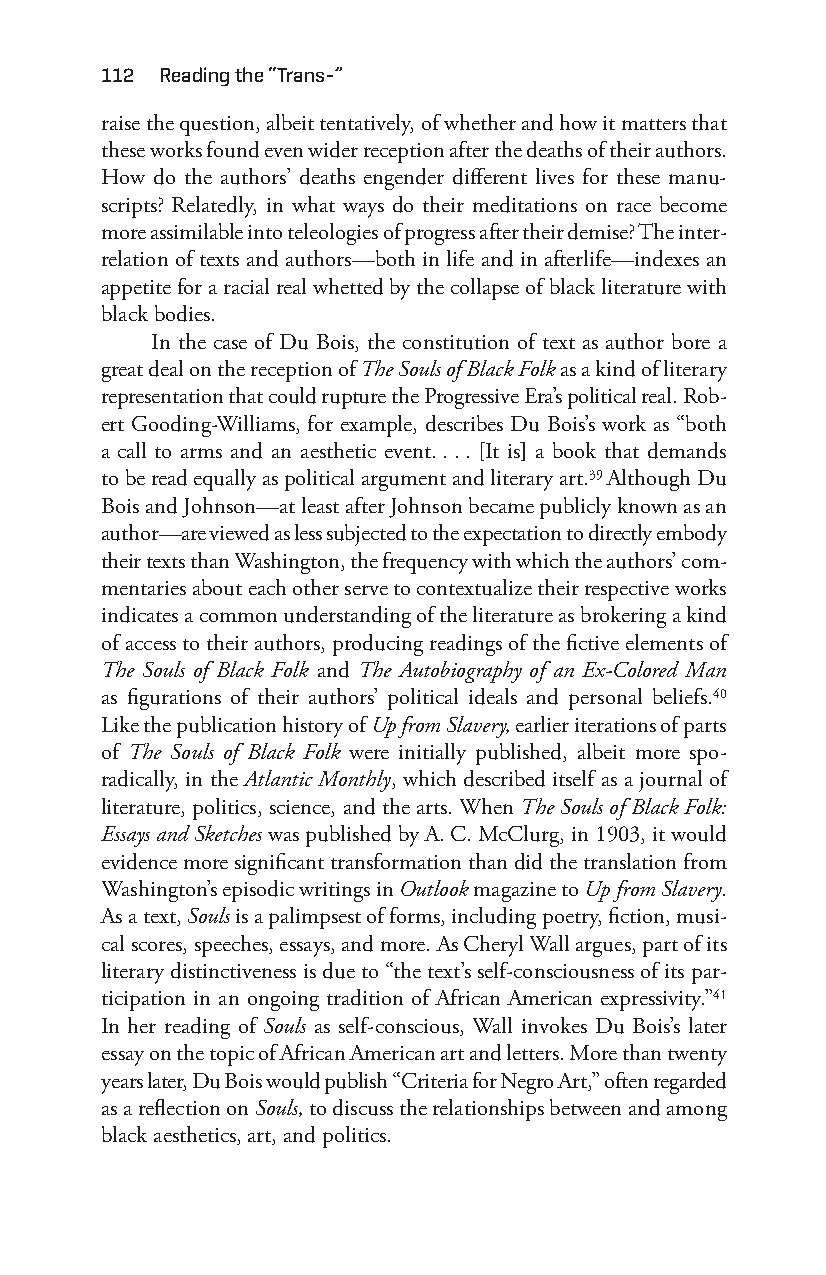
112 reading the “trans-”
 raise the question, albeit tentatively, of whether and how it matters that
 these works found even wider reception after the deaths of their authors.
 How do the authors’ deaths engender different lives for these manu-
 scripts? Relatedly, in what ways do their meditations on race become
 more assimilable into teleologies of progress after their demise? The inter-
 relation of texts and authors—b oth in life and in afterlife—i ndexes an
 appetite for a racial real whetted by the collapse of black literature with
 black bodies.
 In the case of Du Bois, the constitution of text as author bore a
 great deal on the reception of The Souls of Black Folk as a kind of literary
 representation that could rupture the Progressive Era’s political real. Rob-
 ert Gooding- Williams, for example, describes Du Bois’s work as “both
 a call to arms and an aesthetic event. . . . [It is] a book that demands
 to be read equally as political argument and literary art.39 Although Du
 Bois and Johnson— at least after Johnson became publicly known as an
 author— are viewed as less subjected to the expectation to directly embody
 their texts than Washington, the frequency with which the authors’ com-
 mentaries about each other serve to contextualize their respective works
 indicates a common understanding of the literature as brokering a kind
 of access to their authors, producing readings of the fictive elements of
 The Souls of Black Folk and The Autobiography of an Ex-C olored Man
 as figurations of their authors’ political ideals and personal beliefs.40
 Like the publication history of Up from Slavery, earlier iterations of parts
 of The Souls of Black Folk were initially published, albeit more spo-
 radically, in the Atlantic Monthly, which described itself as a journal of
 literature, politics, science, and the arts. When The Souls of Black Folk:
 Essays and Sketches was published by A. C. McClurg, in 1903, it would
 evidence more significant transformation than did the translation from
 Washington’s episodic writings in Outlook magazine to Up from Slavery.
 As a text, Souls is a palimpsest of forms, including poetry, fiction, musi-
 cal scores, speeches, essays, and more. As Cheryl Wall argues, part of its
 literary distinctiveness is due to “the text’s self-c onsciousness of its par-
 ticipation in an ongoing tradition of African American expressivity.”41
 In her reading of Souls as self-c onscious, Wall invokes Du Bois’s later
 essay on the topic of African American art and letters. More than twenty
 years later, Du Bois would publish “Criteria for Negro Art,” often regarded
 as a reflection on Souls, to discuss the relationships between and among
 black aesthetics, art, and politics.
 Snorton.indd 112                            29/09/2017 8:41:04 AM